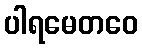
ပါရမေတဝေ